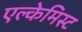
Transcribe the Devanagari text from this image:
एल्केमिस्ट